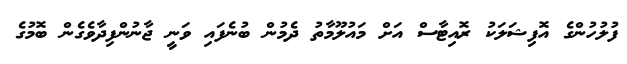
ފުލުހުންގެ އޮފިޝަލަކު ރޮއިޓާސް އަށް މައުލޫމާތު ދެމުން ބުނެފައި ވަނީ ޖާނުންފިދާވެގެން ބޮމުގެ